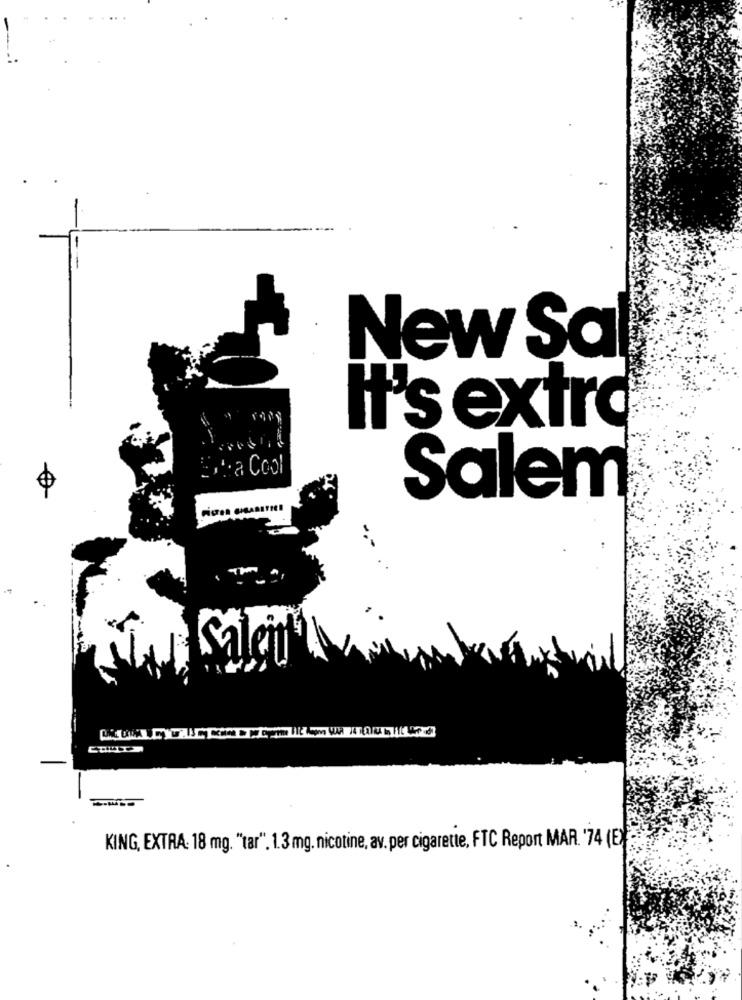
New Sal
It's extra
" *: a Cool
Salem
Salen
=
KING, EXTRA: 18 mg. "tar". 1.3 mg. nicotine, av. per cigarette, FTC Report MAR. '74 (E)